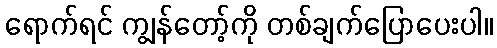
ရောက်ရင် ကျွန်တော့်ကို တစ်ချက်ပြောပေးပါ။